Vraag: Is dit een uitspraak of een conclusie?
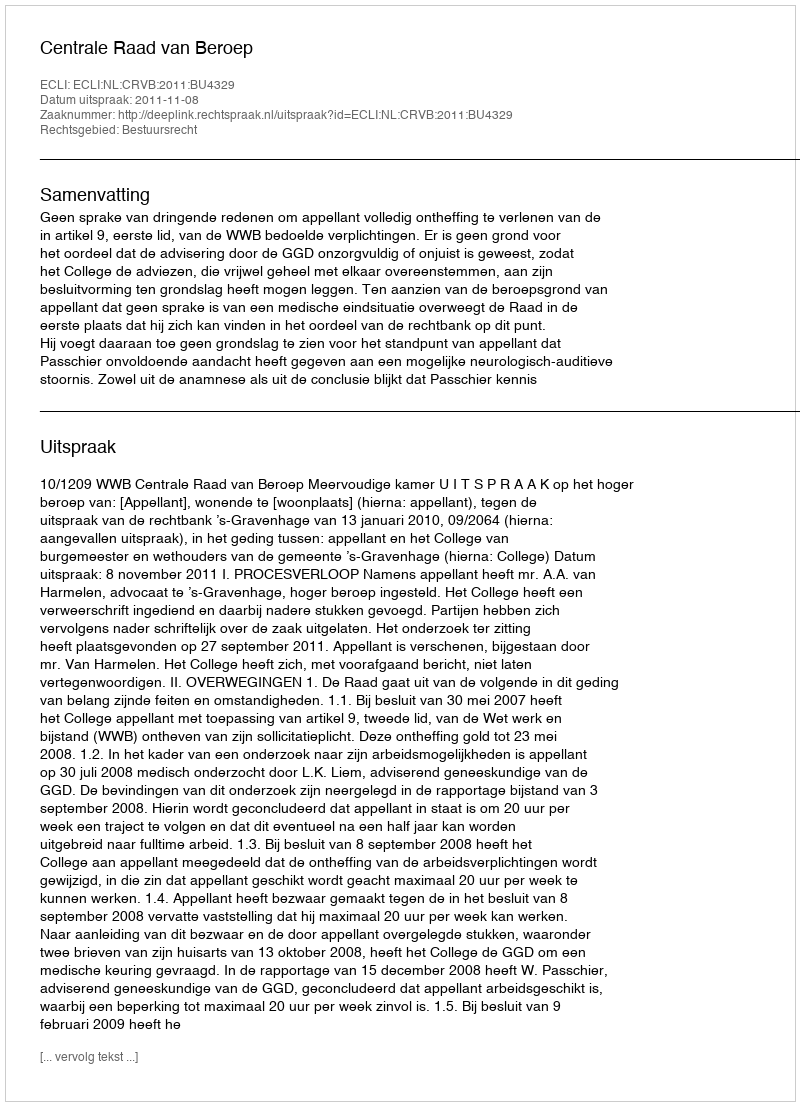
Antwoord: Uitspraak